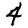
Digit: 4